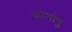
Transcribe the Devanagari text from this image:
कार्याट्टु